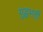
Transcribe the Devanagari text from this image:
युद्धभर्ती